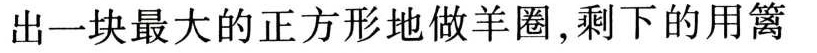
出一块最大的正方形地做羊圈，剩下的用篱